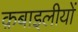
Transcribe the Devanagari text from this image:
क़बाइलीयों